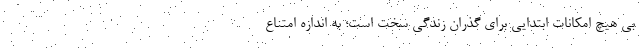
بی هیچ امکانات ابتدایی برای گذران زندگی سخت است؛ به اندازه امتناع